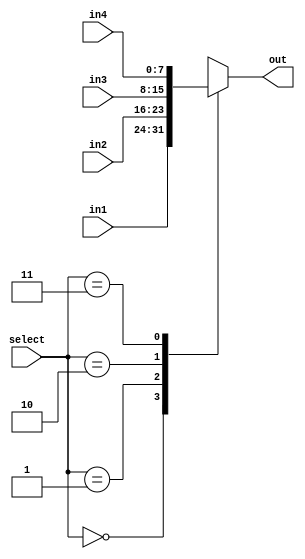
module Four_Input_mux(in1, in2, in3, in4, select, out);
			parameter BUS_WIDTH = 8;
			parameter LEFTMOST = BUS_WIDTH - 1;
			
			input wire [LEFTMOST: 0] in1, in2, in3, in4;
			input wire [1:0] select;
			output reg[LEFTMOST : 0] out;
			
			always @(*) begin
				case(select)
					2'b00: out <= in1;
					2'b01: out <= in2;
					2'b10: out <= in3;
					2'b11: out <= in4;
				endcase
			end

endmodule